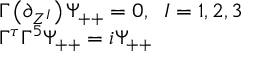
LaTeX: \begin{array} { l } { { \Gamma \left( \partial _ { Z ^ { I } } \right) \Psi _ { + + } = 0 , \; \; I = 1 , 2 , 3 } } \\ { { \Gamma ^ { \tau } \Gamma ^ { 5 } \Psi _ { + + } = i \Psi _ { + + } } } \end{array}